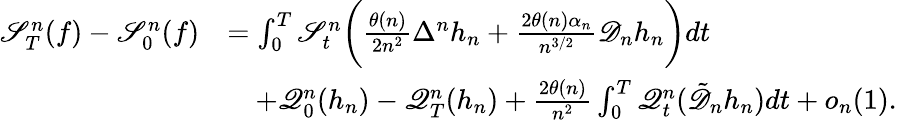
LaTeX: \begin{array}{rl}{\mathscr{S}_{T}^{n}(f)-\mathscr{S}_{0}^{n}(f)}&{=\int_{0}^{T}\mathscr{S}_{t}^{n}\bigg(\frac{\theta(n)}{2n^{2}}\Delta^{n}h_{n}+\frac{2\theta(n)\alpha_{n}}{n^{3/2}}\mathscr{D}_{n}h_{n}\bigg)dt}\\ &{\quad+\mathscr{Q}_{0}^{n}(h_{n})-\mathscr{Q}_{T}^{n}(h_{n})+\frac{2\theta(n)}{n^{2}}\int_{0}^{T}\mathscr{Q}_{t}^{n}(\tilde{\mathscr{D}}_{n}h_{n})dt+o_{n}(1).}\end{array}